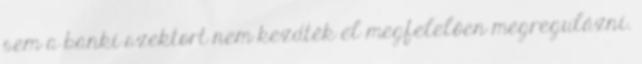
sem a banki szektort nem kezdték el megfelelően megregulázni.